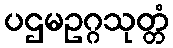
ပဌမဥဂ္ဂသုတ္တံ